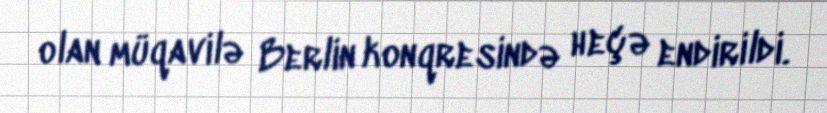
olan müqavilə Berlin konqresində heçə endirildi.